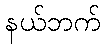
နယ်ဘက်